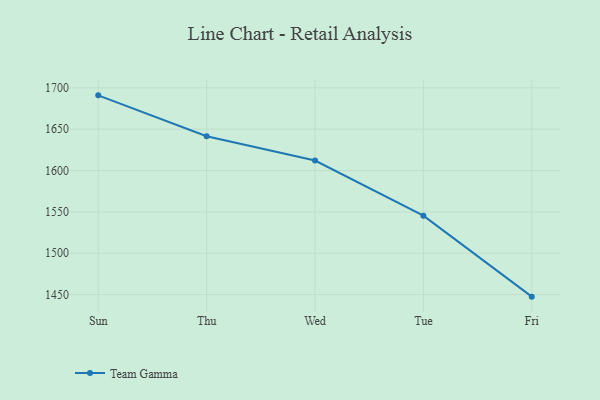
{"axis": {"x": "Day", "y": "LTV (USD)"}, "legend": ["Team Gamma"], "data": [{"x": "Sun", "y": 1690.9, "type": "Team Gamma"}, {"x": "Thu", "y": 1641.4, "type": "Team Gamma"}, {"x": "Wed", "y": 1612.1, "type": "Team Gamma"}, {"x": "Tue", "y": 1545.4, "type": "Team Gamma"}, {"x": "Fri", "y": 1447.5, "type": "Team Gamma"}]}